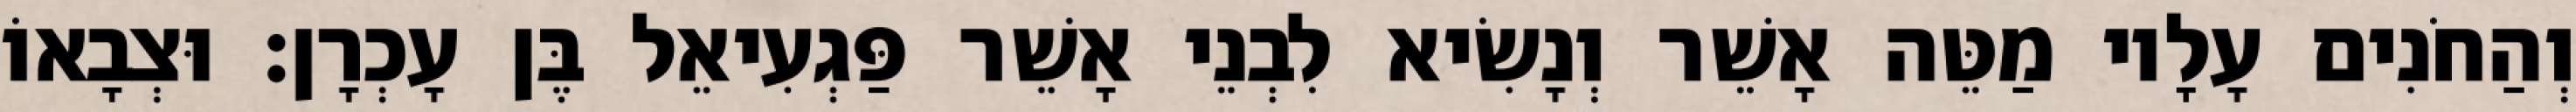
וְהַחֹנִים עָלָיו מַטֵּה אָשֵׁר וְנָשִׂיא לִבְנֵי אָשֵׁר פַּגְעִיאֵל בֶּן עָכְרָן׃ וּצְבָאוֹ